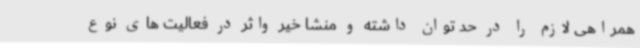
همراهی لازم را در حد توان داشته و منشا خیر واثر در فعالیت های نوع